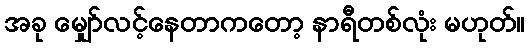
အခု မျှော်လင့်နေတာကတော့ နာရီတစ်လုံး မဟုတ်။